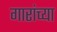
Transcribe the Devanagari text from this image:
गारांच्या